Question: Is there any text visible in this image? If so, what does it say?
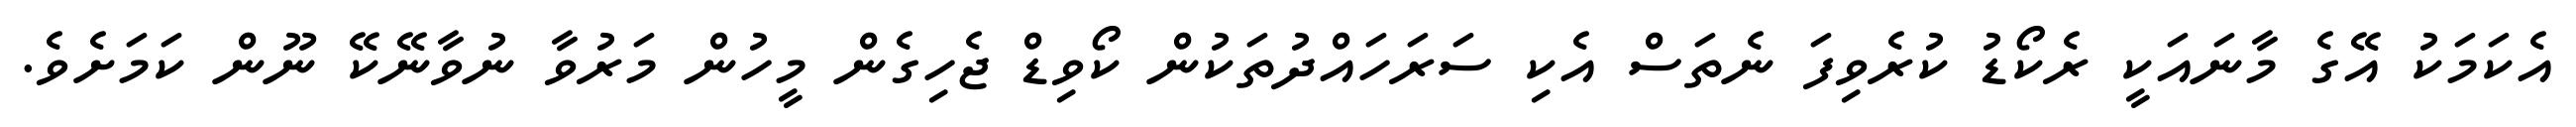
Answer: އެކަމަކު އޭގެ މާނައަކީ ރެކޯޑު ކުރެވިފަ ނެތަސް އެކި ސަރަހައްދުތަކުން ކޯވިޑް ޖެހިގެން މީހުން މަރުވާ ނުވާނޭކޭ ނޫން ކަމަށެވެ.